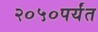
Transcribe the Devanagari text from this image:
२०५०पर्यंत